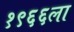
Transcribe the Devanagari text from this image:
१९६६ला